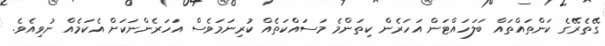
ގޭތެރޭގެ ކަންތައްތައް ބަލަހައްޓަން އަހަރެން ކިތަންމެ މަސައްކަތެއް ކުރިނަމަވެސް އަހަރެންނަކަށް އެކަމެއް ނުވިއެވެ.